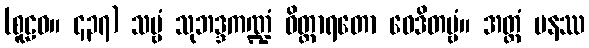
(စူဠဝ။ ၄၃၇) သဗ္ဗံ သုဘဒ္ဒကဏ္ဍံ ဝိတ္ထာရတော ဝေဒိတဗ္ဗံ။ အတ္ထံ ပနဿ